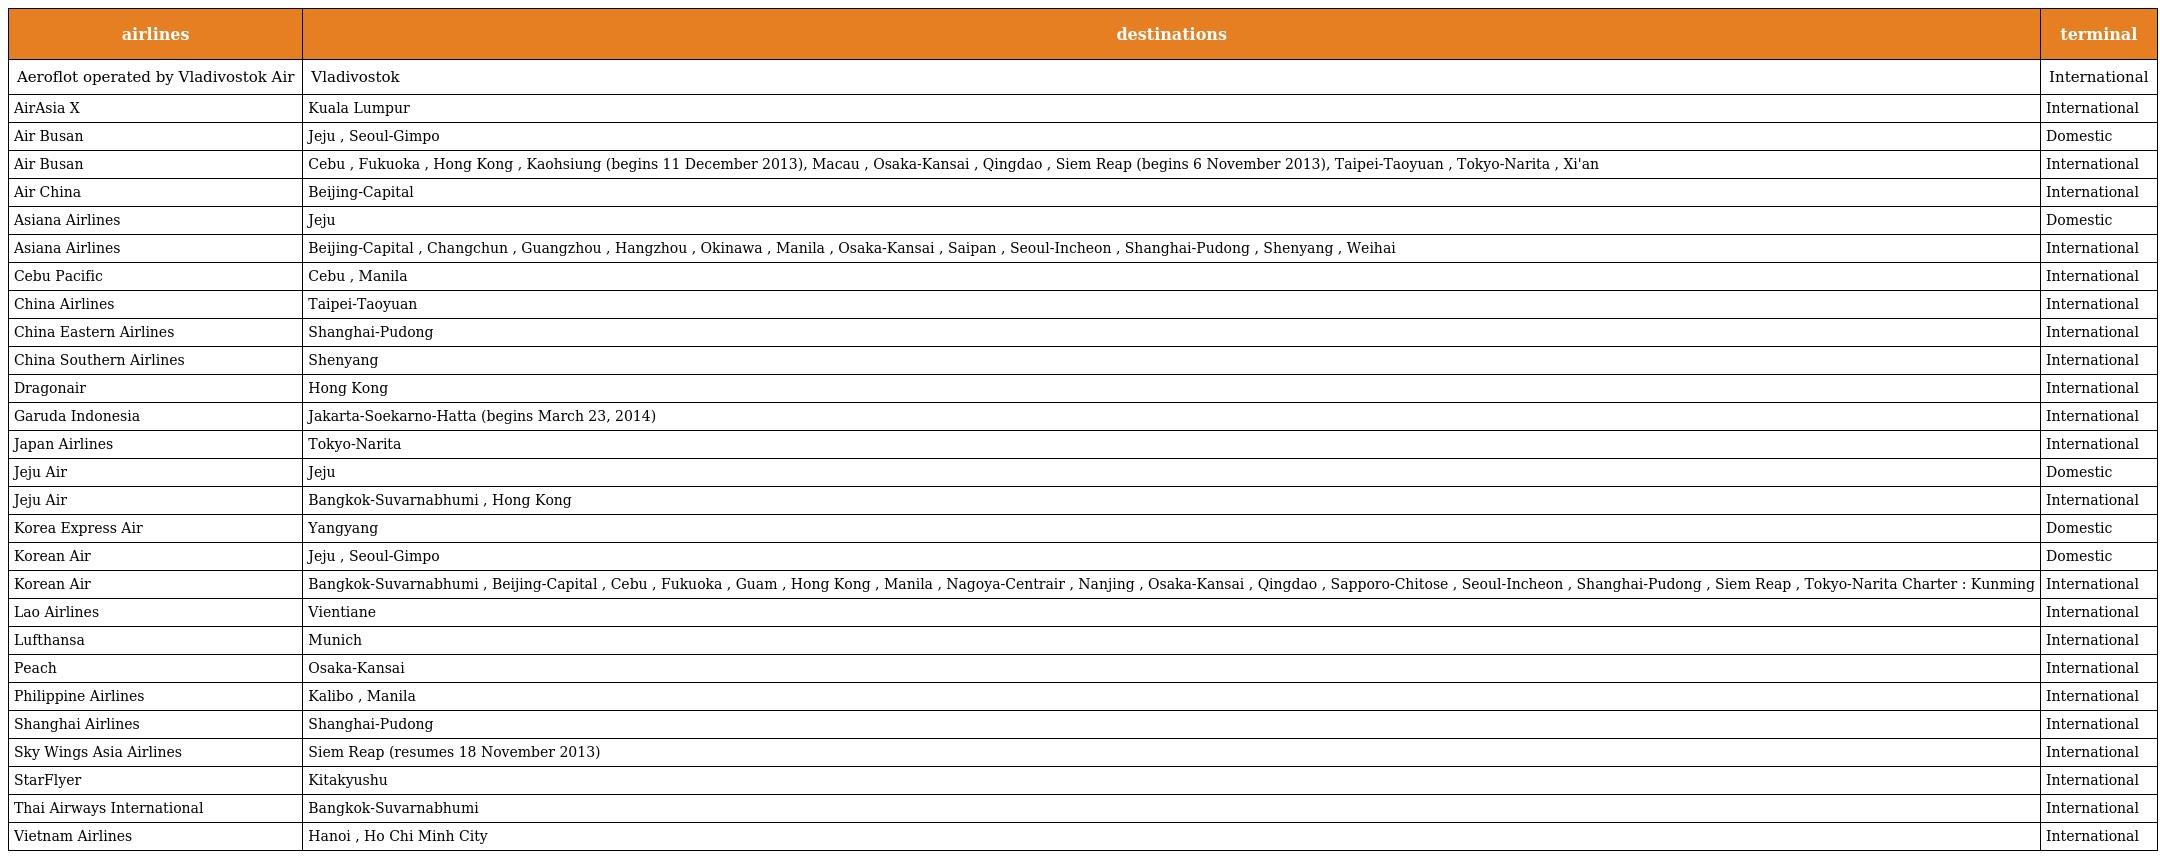
| airlines | destinations | terminal |
 | --- | --- | --- |
 | Aeroflot operated by Vladivostok Air | Vladivostok | International |
 | AirAsia X | Kuala Lumpur | International |
 | Air Busan | Jeju , Seoul-Gimpo | Domestic |
 | Air Busan | Cebu , Fukuoka , Hong Kong , Kaohsiung (begins 11 December 2013), Macau , Osaka-Kansai , Qingdao , Siem Reap (begins 6 November 2013), Taipei-Taoyuan , Tokyo-Narita , Xi'an | International |
 | Air China | Beijing-Capital | International |
 | Asiana Airlines | Jeju | Domestic |
 | Asiana Airlines | Beijing-Capital , Changchun , Guangzhou , Hangzhou , Okinawa , Manila , Osaka-Kansai , Saipan , Seoul-Incheon , Shanghai-Pudong , Shenyang , Weihai | International |
 | Cebu Pacific | Cebu , Manila | International |
 | China Airlines | Taipei-Taoyuan | International |
 | China Eastern Airlines | Shanghai-Pudong | International |
 | China Southern Airlines | Shenyang | International |
 | Dragonair | Hong Kong | International |
 | Garuda Indonesia | Jakarta-Soekarno-Hatta (begins March 23, 2014) | International |
 | Japan Airlines | Tokyo-Narita | International |
 | Jeju Air | Jeju | Domestic |
 | Jeju Air | Bangkok-Suvarnabhumi , Hong Kong | International |
 | Korea Express Air | Yangyang | Domestic |
 | Korean Air | Jeju , Seoul-Gimpo | Domestic |
 | Korean Air | Bangkok-Suvarnabhumi , Beijing-Capital , Cebu , Fukuoka , Guam , Hong Kong , Manila , Nagoya-Centrair , Nanjing , Osaka-Kansai , Qingdao , Sapporo-Chitose , Seoul-Incheon , Shanghai-Pudong , Siem Reap , Tokyo-Narita Charter : Kunming | International |
 | Lao Airlines | Vientiane | International |
 | Lufthansa | Munich | International |
 | Peach | Osaka-Kansai | International |
 | Philippine Airlines | Kalibo , Manila | International |
 | Shanghai Airlines | Shanghai-Pudong | International |
 | Sky Wings Asia Airlines | Siem Reap (resumes 18 November 2013) | International |
 | StarFlyer | Kitakyushu | International |
 | Thai Airways International | Bangkok-Suvarnabhumi | International |
 | Vietnam Airlines | Hanoi , Ho Chi Minh City | International |